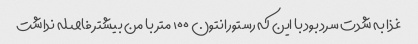
غذا به شدت سرد بود با این که رستورانتون ۱۰۰ متر با من بیشتر فاصله نداشت